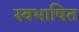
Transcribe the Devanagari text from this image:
स्वभाषित